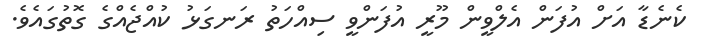
ކެނެޑާ އަށް އުފަން އެލްވީން މޫރީ އުފަންވީ ސިއްހަތު ރަނގަޅު ކުއްޖެއްގެ ގޮތުގައެވެ.